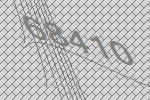
68410